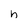
Character: h